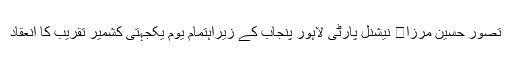
تصور حسین مرزا	 نیشنل پارٹی لاہور پنجاب کے زیراہتمام یوم یکجہتی کشمیر تقریب کا انعقاد